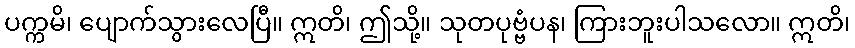
ပက္ကမိ၊ ပျောက်သွားလေပြီ။ ဣတိ၊ ဤသို့။ သုတပုဗ္ဗံပန၊ ကြားဘူးပါသလော။ ဣတိ၊